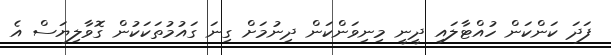
ފަދަ ކަންކަން ހުއްޓާލައި ދީނީ މިނިވަންކަން ދިނުމަށް ގިނަ ގައުމުތަކަކުން ގޮވާލިޔަސް އެ